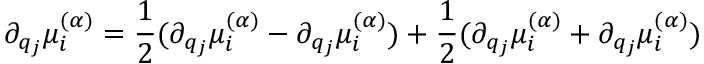
\partial _ { q _ { j } } \mu _ { i } ^ { \boldsymbol { ( \alpha ) } } = \frac { 1 } { 2 } ( \partial _ { q _ { j } } \mu _ { i } ^ { \boldsymbol { ( \alpha ) } } - \partial _ { q _ { j } } \mu _ { i } ^ { \boldsymbol { ( \alpha ) } } ) + \frac { 1 } { 2 } ( \partial _ { q _ { j } } \mu _ { i } ^ { \boldsymbol { ( \alpha ) } } + \partial _ { q _ { j } } \mu _ { i } ^ { \boldsymbol { ( \alpha ) } } )